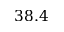
3 8 . 4